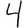
Digit: 4